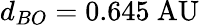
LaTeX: d_{BO}=0.645{\mathrm{~AU}}